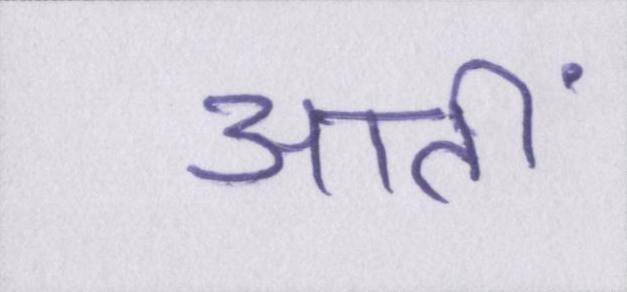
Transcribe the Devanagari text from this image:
आतीं